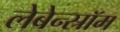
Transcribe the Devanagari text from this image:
लेबेन्स्रॉम